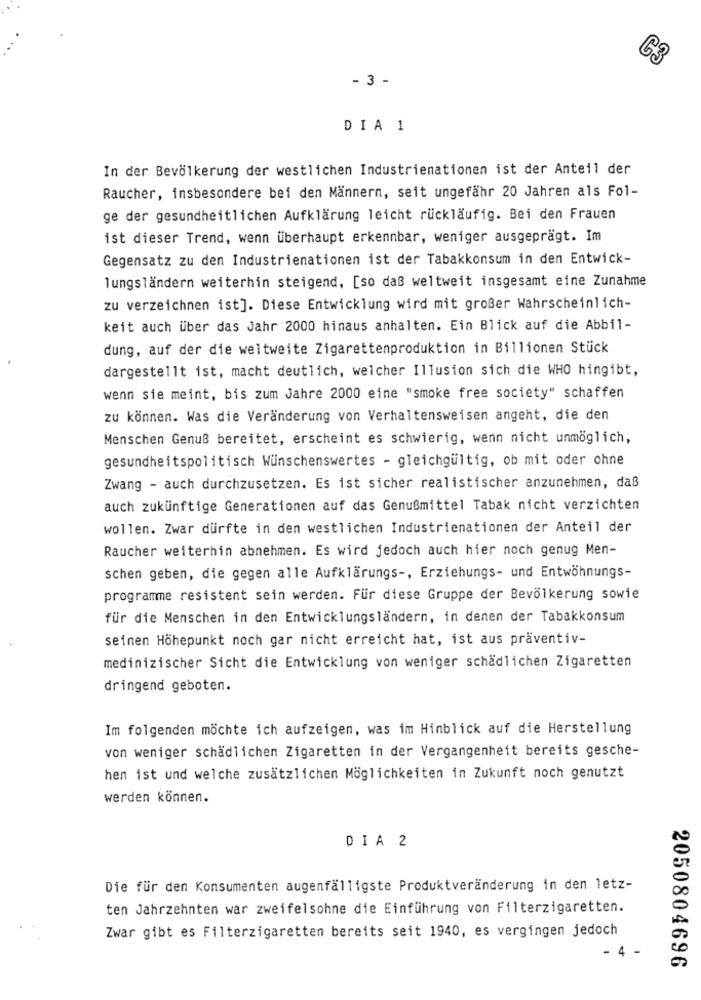
C3
- 3 -
DIA 1
In der Bevölkerung der westlichen Industrienationen ist der Anteil der
Raucher, insbesondere bei den Männern, seit ungefähr 20 Jahren als Fol-
ge der gesundheitlichen Aufklärung leicht rückläufig. Bei den Frauen
ist dieser Trend, wenn überhaupt erkennbar, weniger ausgeprägt. Im
Gegensatz zu den Industrienationen ist der Tabakkonsum in den Entwick-
lungsländern weiterhin steigend, [so daß weltweit insgesamt eine Zunahme
zu verzeichnen ist]. Diese Entwicklung wird mit großer Wahrscheinlich-
keit auch über das Jahr 2000 hinaus anhalten. Ein Blick auf die Abbil-
dung, auf der die weltweite Zigarettenproduktion in Billionen Stück
dargestellt ist, macht deutlich, welcher Illusion sich die WHO hingibt,
wenn sie meint, bis zum Jahre 2000 eine "smoke free society" schaffen
zu können. Was die Veränderung von Verhaltensweisen angeht, die den
Menschen Genuß bereitet, erscheint es schwierig, wenn nicht unmöglich,
gesundheitspolitisch Wünschenswertes - gleichgültig, ob mit oder ohne
Zwang - auch durchzusetzen. Es ist sicher realistischer anzunehmen, daß
auch zukünftige Generationen auf das Genußmittel Tabak nicht verzichten
wollen. Zwar dürfte in den westlichen Industrienationen der Anteil der
Raucher weiterhin abnehmen. Es wird jedoch auch hier noch genug Men-
schen geben, die gegen alle Aufklärungs -, Erziehungs- und Entwöhnungs-
programme resistent sein werden. Für diese Gruppe der Bevölkerung sowie
für die Menschen in den Entwicklungsländern, in denen der Tabakkonsum
seinen Höhepunkt noch gar nicht erreicht hat, ist aus präventiv-
medinizischer Sicht die Entwicklung von weniger schädlichen Zigaretten
dringend geboten.
Im folgenden möchte ich aufzeigen, was im Hinblick auf die Herstellung
von weniger schädlichen Zigaretten in der Vergangenheit bereits gesche-
hen ist und welche zusätzlichen Möglichkeiten in Zukunft noch genutzt
werden können.
DIA 2
Die für den Konsumenten augenfälligste Produktveränderung in den letz-
ten Jahrzehnten war zweifelsohne die Einführung von Filterzigaretten.
Zwar gibt es Filterzigaretten bereits seit 1940, es vergingen jedoch
- 4 -
2050804696